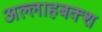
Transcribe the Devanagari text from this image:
अल्लाहबक्श